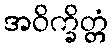
အဝိက္ခိတ္တံ